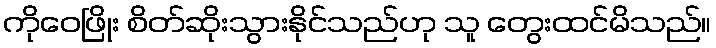
ကိုဝေဖြိုး စိတ်ဆိုးသွားနိုင်သည်ဟု သူ တွေးထင်မိသည်။